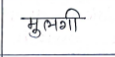
मजकूर: मुलगी